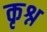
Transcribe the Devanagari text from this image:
कृश्न